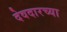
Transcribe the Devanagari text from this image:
देवदारच्या